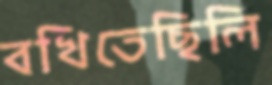
বখিতেছিলি